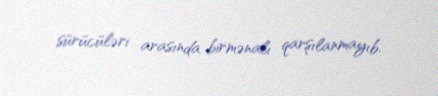
sürücüləri arasında birmənalı qarşılanmayıb.